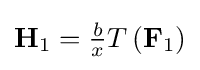
\mathbf {H} _{1}={\tfrac {b}{x}}T\left(\mathbf {F} _{1}\right)